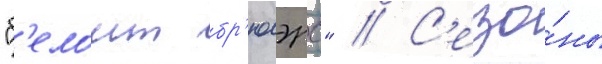
"б'елоит бр'юэрс" // С'езо́ны